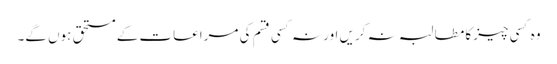
وہ کسی چیزکا مطالبہ نہ کریں اور نہ کسی قسم کی مراعات کے مستحق ہوں گے۔